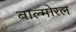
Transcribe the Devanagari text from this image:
बाल्मोरल